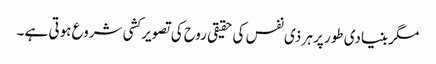
مگر بنیادی طور پر ہر ذی نفس کی حقیقی روح کی تصویر کشی شروع ہوتی ہے ۔